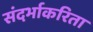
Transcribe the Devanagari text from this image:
संदर्भाकरिता